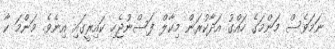
ނަމަވެސް މަންމަގެ ހައްގު އަދާކުރަން މިކާލް ފަސްނުޖެހި ކައިރީގައި އިނެވެ. މަންމަ ކާ